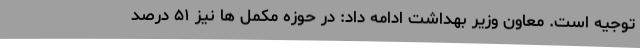
توجیه است. معاون وزیر بهداشت ادامه داد: در حوزه مکمل‌ ها نیز ۵۱ درصد